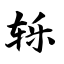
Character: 轹